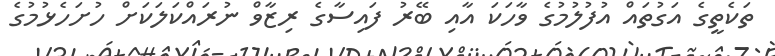
ތަކެތީގެ އަގުތައް އުފުލުމުގެ ވާހަކަ އާއި ބޭރު ފައިސާގެ ރިޒާވް ނުރައްކަލަކަށް ހުށަހެޅުމުގެ